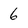
Character: 6